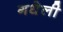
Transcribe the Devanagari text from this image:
गधेली